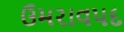
ઉમરાવપદ